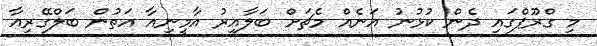
މި ގްރޫޕްގައި ދެން ކުޅުނު އަނެއް މެޗަށް ބަލާއިރު އާމީނިއާ އަތުން ބަލްގޭރިއާ